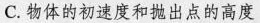
C.物体的初速度和抛出点的高度